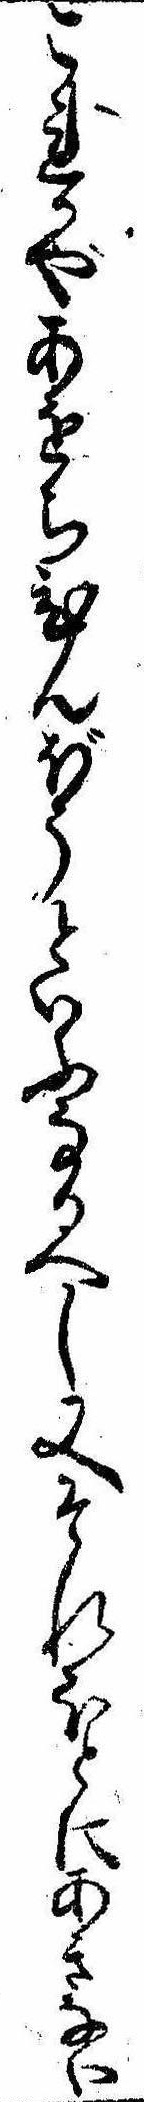
これかやあをちひんぼうといふなるへし又それほとにあきない